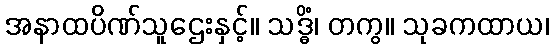
အနာထပိဏ်သူဌေးနှင့်။ သဒ္ဓိံ၊ တကွ။ သုခကထာယ၊